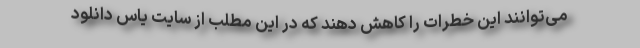
می‌توانند این خطرات را کاهش دهند که در این مطلب از سایت یاس دانلود